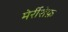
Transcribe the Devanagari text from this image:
मेर्रीशेफ़